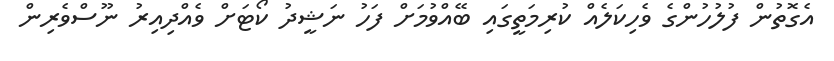
އެގޮތުން ފުލުހުންގެ ވެހިކަލެއް ކުރިމަތީގައި ބޭއްވުމަށް ފަހު ނަޝީދު ކޯޓަށް ވެއްދިއިރު ނޫސްވެރިން